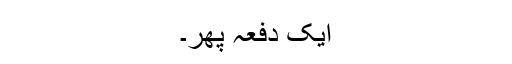
ایک دفعہ پھر۔